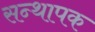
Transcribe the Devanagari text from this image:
सन्थापक